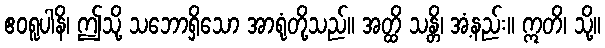
ဧဝရူပါနိ၊ ဤသို့ သဘောရှိသော အာရုံတို့သည်။ အတ္ထိ သန္တိ၊ အံ့နည်း။ ဣတိ၊ သို့။